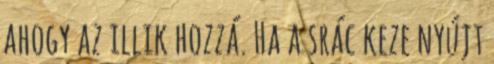
ahogy az illik hozzá. Ha a srác keze nyújt